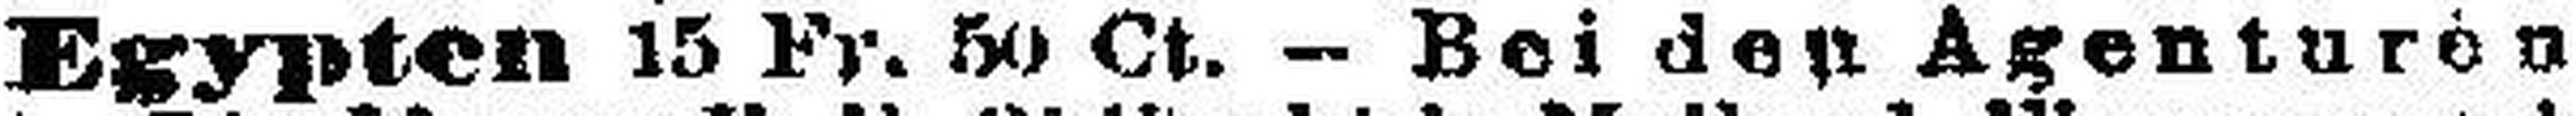
Egypten 15 Fr. 50 Ct. — Bei den Agenturen